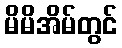
မိမိအိမ်တွင်